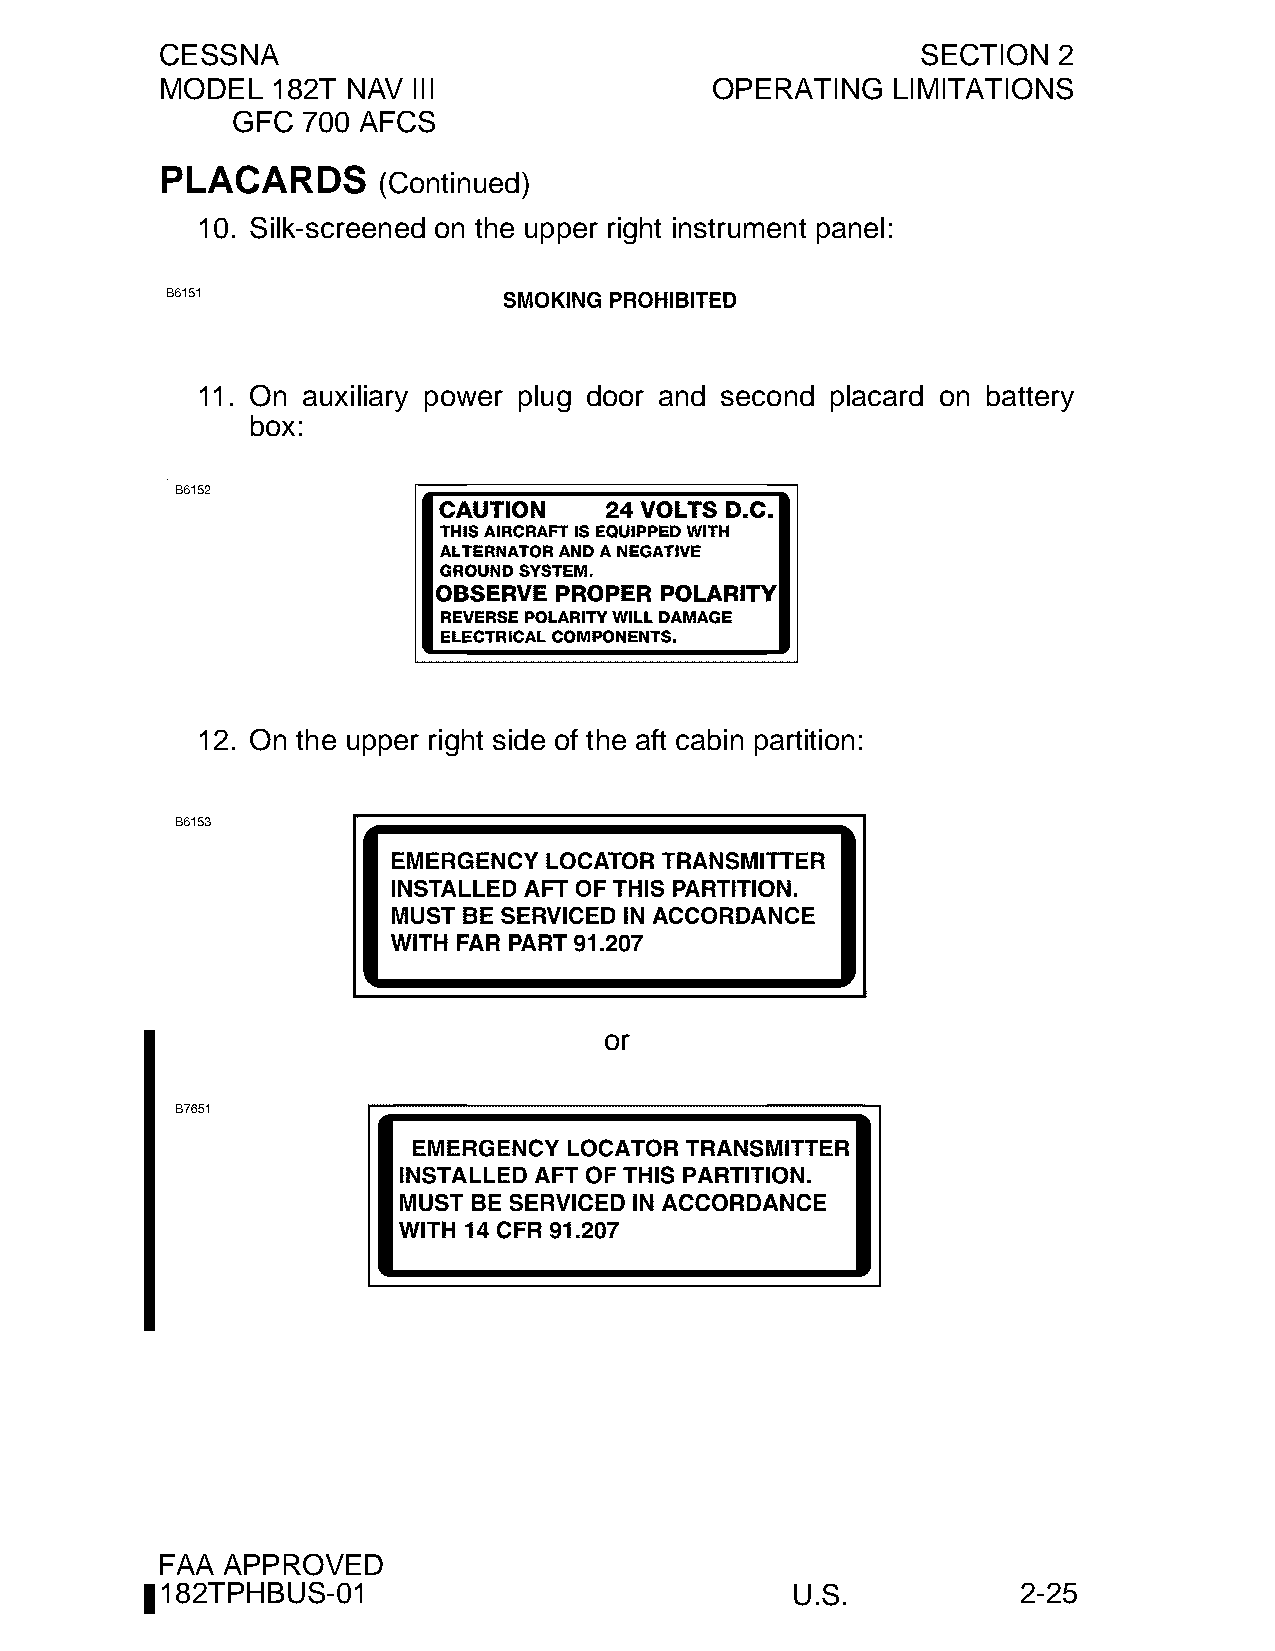
CESSNA                                            SECTION  2
 MODEL  182T NAV III                 OPERATING   LIMITATIONS
 GFC  700 AFCS
 PLACARDS
 (Continued)
 10. Silk-screened on the upper right instrument panel:
 11. On auxiliary power plug door and second placard on battery
 box:
 12. On the upper right side of the aft cabin partition:
 or
 FAA  APPROVED
 182TPHBUS-01                             U.S.            2-25